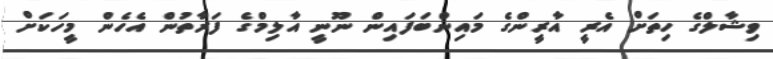
ވިޝާލްގެ ހިތަށް އެރީ އާރީންގެ މައިންބަފައިން ނޫނީ އާލިމްގެ ފަރާތުން އެހެން މީހަކަށް